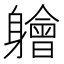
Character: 𫏱